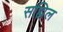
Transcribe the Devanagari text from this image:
सह्मिल